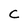
Character: C